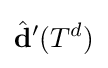
{\hat {\mathbf {d} }}'(T^{d})